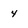
Character: 4